Report on horse surra - Volume II, Part II
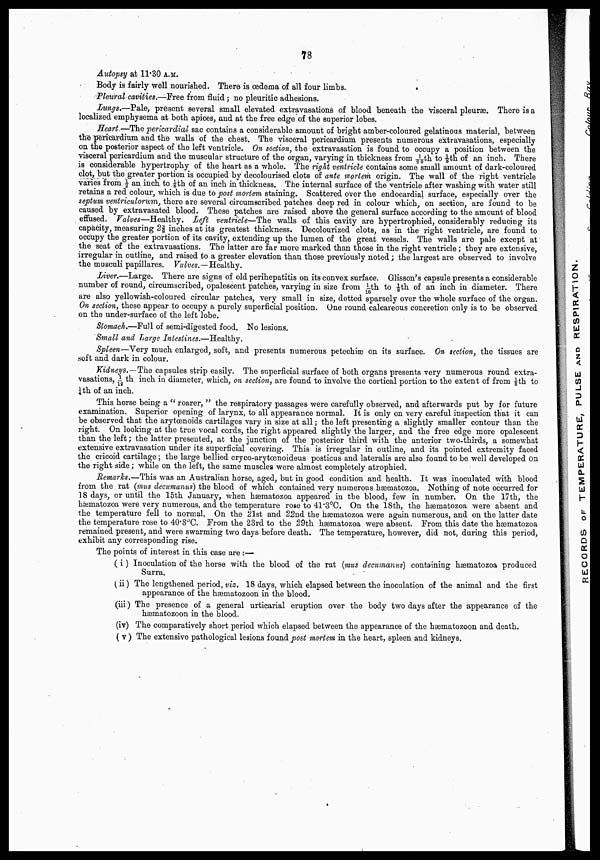
78
Autopsy at 11.30 A.M.
Body is fairly well nourished. There is œdema of all four limbs.
Pleural cavities.—Free from fluid ; no pleuritic adhesions.
Lungs.—Pale, present several small elevated extravasations of blood beneath the visceral pleuræ. There is a
localized emphysema at both apices, and at the free edge of the superior lobes.
Heart.—The pericardial sac contains a considerable amount of bright amber-coloured gelatinous material, between
the pericardium and the walls of the chest. The visceral pericardium presents numerous extravasations, especially
on the posterior aspect of the left ventricle. On section, the extravasation is found to occupy a position between the
visceral pericardium and the muscular structure of the organ, varying in thickness from 1/20th to ⅛th of an inch. There
is considerable hypertrophy of the heart as a whole. The right ventricle contains some small amount of dark-coloured
clot, but the greater portion is occupied by decolourised clots of ante mortem origin. The wall of the right ventricle
varies from ½ an inch to ⅛th of an inch in thickness. The internal surface of the ventricle after washing with water still
retains a red colour, which is due to post mortem staining. Scattered over the endocardial surface, especially over the
septum ventriculorum, there are several circumscribed patches deep red in colour which, on section, are found to be
caused by extravasated blood. These patches are raised above the general surface according to the amount of blood
effused. Valves—Healthy.
Left ventricle—The walls of this cavity are hypertrophied, considerably reducing its
capacity, measuring 2⅜ inches at its greatest thickness. Decolourized clots, as in the right ventricle, are found to
occupy the greater portion of its cavity, extending up the lumen of the great vessels. The walls are pale except at
the seat of the extravasations. The latter are far more marked than those in the right ventricle; they are extensive,
irregular in outline, and raised to a greater elevation than those previously noted ; the largest are observed to involve
the musculi papillares. Valves.— Healthy.
Liver.—Large.
There are signs of old perihepatitis on its convex surface. Glisson's capsule presents a considerable
number of round, circumscribed, opalescent patches, varying in size from 1/16th to ⅛ th of an inch in diameter. There
are also yellowish-coloured circular patches, very small in size, dotted sparsely over the whole surface of the organ.
On section, these appear to occupy a purely superficial position. One round calcareous concretion only is to be observed
on the under-surface of the left lobe.
Stomach.—Full of semi-digested food. No lesions.
Small and Large Intestines.—Healthy.
Spleen—Very much enlarged, soft, and presents numerous petechiæ on its surface. On section, the tissues are
soft and dark in colour.
Kidneys.—The capsules strip easily. The superficial surface of both organs presents very numerous round extra
vasations, 1/12 th inch in diameter, which, on section, are found to involve the cortical portion to the extent of from ⅛th to
¼th of an inch.
This horse being a " roarer, " the respiratory passages were carefully observed, and afterwards put by for future
examination. Superior opening of larynx, to all appearance normal. It is only on very careful inspection that it can
be observed that the arytœnoids cartilages vary in size at all ; the left presenting a slightly smaller contour than the
right. On looking at the true vocal cords, the right appeared slightly the larger, and the free edge more opalescent
than the left; the latter presented, at the junction of the posterior third with the anterior two-thirds, a somewhat
extensive extravasation under its superficial covering. This is irregular in outline, and its pointed extremity faced
the cricoid cartilage ; the large bellied cryco-arytœnoideus posticus and lateralis are also found to be well developed on
the right side ; while on the left, the same muscles were almost completely atrophied.
Remarks.—This was an Australian horse, aged, but in good condition and health. It was inoculated with blood
from the rat (mus decumanus) the blood of which contained very numerous hæmatozoa. Nothing of note occurred for
18 days, or until the 15th January, when hæmatozoa appeared in the blood, few in number. On the 17th, the
hæmatozoa were very numerous, and the temperature rose to 41.3°C. On the 18th, the hæmatozoa were absent and
the temperature fell to normal. On the 21st and 22nd the hæmatozoa were again numerous, and on the latter date
the temperature rose to 40.8°C. From the 23rd to the 29th hæmatozoa were absent. From this date the hæmatozoa
remained present, and were swarming two days before death. The temperature, however, did not, during this period,
exhibit any corresponding rise.
The points of interest in this case are :—
(i) Inoculation of the horse with the blood of the rat (mus decumanus) containing hæmatozoa produced
Surra.
(ii) The lengthened period, viz. 18 days, which elapsed between the inoculation of the animal and the first
appearance of the hæmatozoon in the blood.
(iii) The presence of a general urticarial eruption over the body two days after the appearance of the
hæmatozoon in the blood.
(iv) The comparatively short period which elapsed between the appearance of the hæmatozoon and death.
( v ) The extensive pathological lesions found post mortem in the heart, spleen and kidneys.